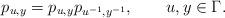
LaTeX: \begin{align*}p_{u,y}=p_{u,y}p_{u^{-1},y^{-1}},\qquad{u},y\in\Gamma.\end{align*}